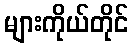
များကိုယ်တိုင်